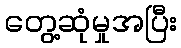
တွေ့ဆုံမှုအပြီး